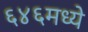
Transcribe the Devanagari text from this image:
६४६मध्ये